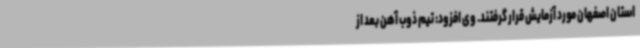
استان اصفهان مورد آزمایش قرار گرفتند. وی افزود: تیم ذوب آهن بعد از